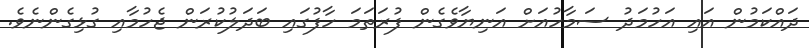
ދައްކަމުން އައި އަހުމަދު ސަމާހުއަށް އަނިޔާވެގެން ފުރަތަމަ ހާފުގައި ބަދަލުކުރަން ޖެހުމާއި ގުޅިގެންނެވެ.